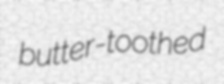
butter-toothed